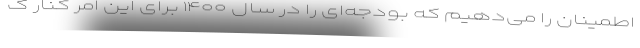
اطمینان را می‌دهیم که بودجه‌ای را در سال ۱۴۰۰ برای این امر کنار گ